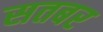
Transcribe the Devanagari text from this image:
सतबर